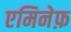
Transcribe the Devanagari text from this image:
एमिनेफ़